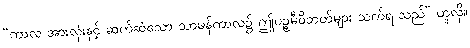
“ကာလ အားလုံးနှင့် ဆက်ဆံသော သာမန်ကာလ၌ ဤပဉ္စမီဝိဘတ်များ သက်ရ သည်” ဟူလို။